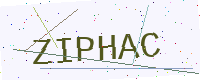
Text: ZIPHAC